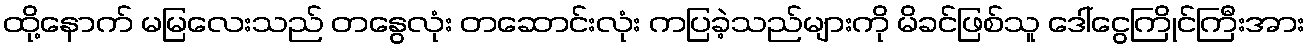
ထို့နောက် မမြလေးသည် တနွေလုံး တဆောင်းလုံး ကပြခဲ့သည်များကို မိခင်ဖြစ်သူ ဒေါ်ငွေကြိုင်ကြီးအား